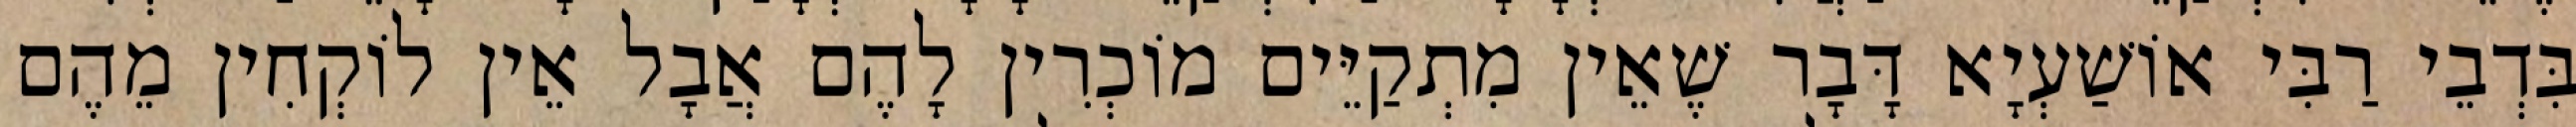
בִּדְבֵי רַבִּי אוֹשַׁעְיָא דָּבָר שֶׁאֵין מִתְקַיֵּים מוֹכְרִין לָהֶם אֲבָל אֵין לוֹקְחִין מֵהֶם